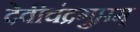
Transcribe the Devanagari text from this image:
देवीचंद्रगुप्तम्‌